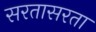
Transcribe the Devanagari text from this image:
सरतासरता